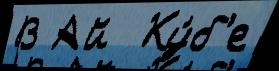
В Ай  Ку́б'е